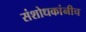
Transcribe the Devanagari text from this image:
संशोधकांनीच